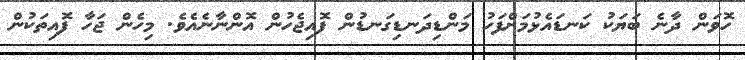
ހޮވަން ދާނެ ބަޔަކު ކަނޑައެޅުމަށްފަހު މަންޑިދަނޑިގަނޑުން ފޮއިޖެހުން އޮންނާނެއެވެ. މިހެން ޖަހާ ފޮއިތަކުން